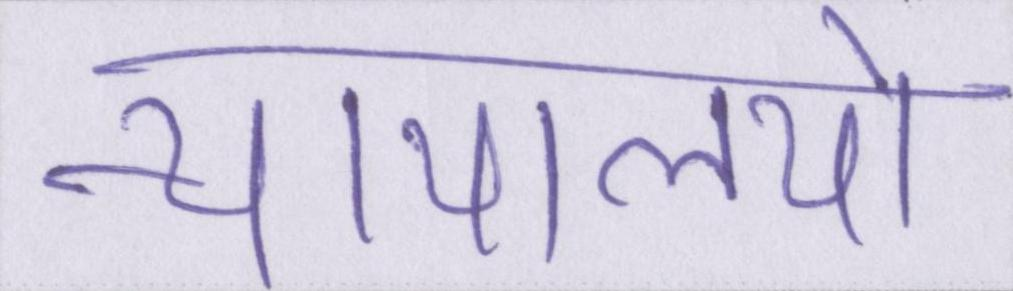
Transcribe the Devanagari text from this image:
न्यायालयो